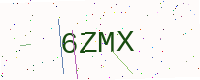
Text: 6ZMX